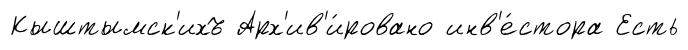
Кыштымск'ихъ Арх'ив'и́ровано инв'е́стора Есть